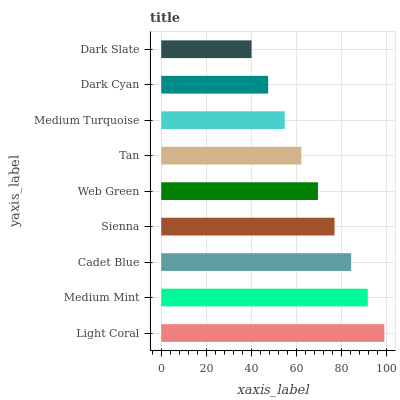
| yaxis_label | bars |
 | --- | --- |
 | Light Coral | 99 |
 | Medium Mint | 91.6 |
 | Cadet Blue | 84.3 |
 | Sienna | 76.9 |
 | Web Green | 69.5 |
 | Tan | 62.2 |
 | Medium Turquoise | 54.8 |
 | Dark Cyan | 47.4 |
 | Dark Slate | 40.1 |